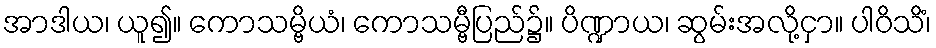
အာဒါယ၊ ယူ၍။ ကောသမ္ဗိယံ၊ ကောသမ္ဗီပြည်၌။ ပိဏ္ဍာယ၊ ဆွမ်းအလို့ငှာ။ ပါဝိသိံ၊